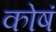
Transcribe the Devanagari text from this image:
कोषं